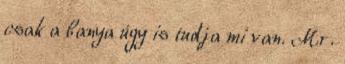
csak a banya úgy is tudja mi van. Mr.